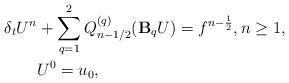
\begin{align*} \delta_t U^n & + \sum\limits_{q=1}^{2} Q_{n-1/2}^{(q)}(\mathbf{B}_qU) = f^{n-\frac{1}{2}}, n\geq 1, \\ & U^0=u_0, \end{align*}